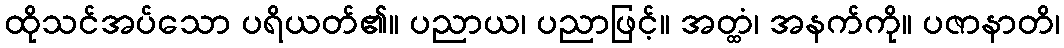
ထိုသင်အပ်သော ပရိယတ်၏။ ပညာယ၊ ပညာဖြင့်။ အတ္ထံ၊ အနက်ကို။ ပဇာနာတိ၊